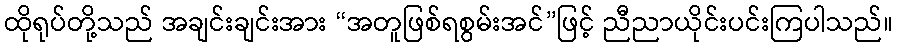
ထိုရုပ်တို့သည် အချင်းချင်းအား “အတူဖြစ်ရစွမ်းအင်”ဖြင့် ညီညာယိုင်းပင်းကြပါသည်။